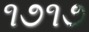
૧૭૧૭